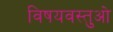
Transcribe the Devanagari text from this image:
विषयवस्तुओ